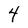
Character: 4